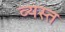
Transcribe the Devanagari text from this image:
व्‍यस्त